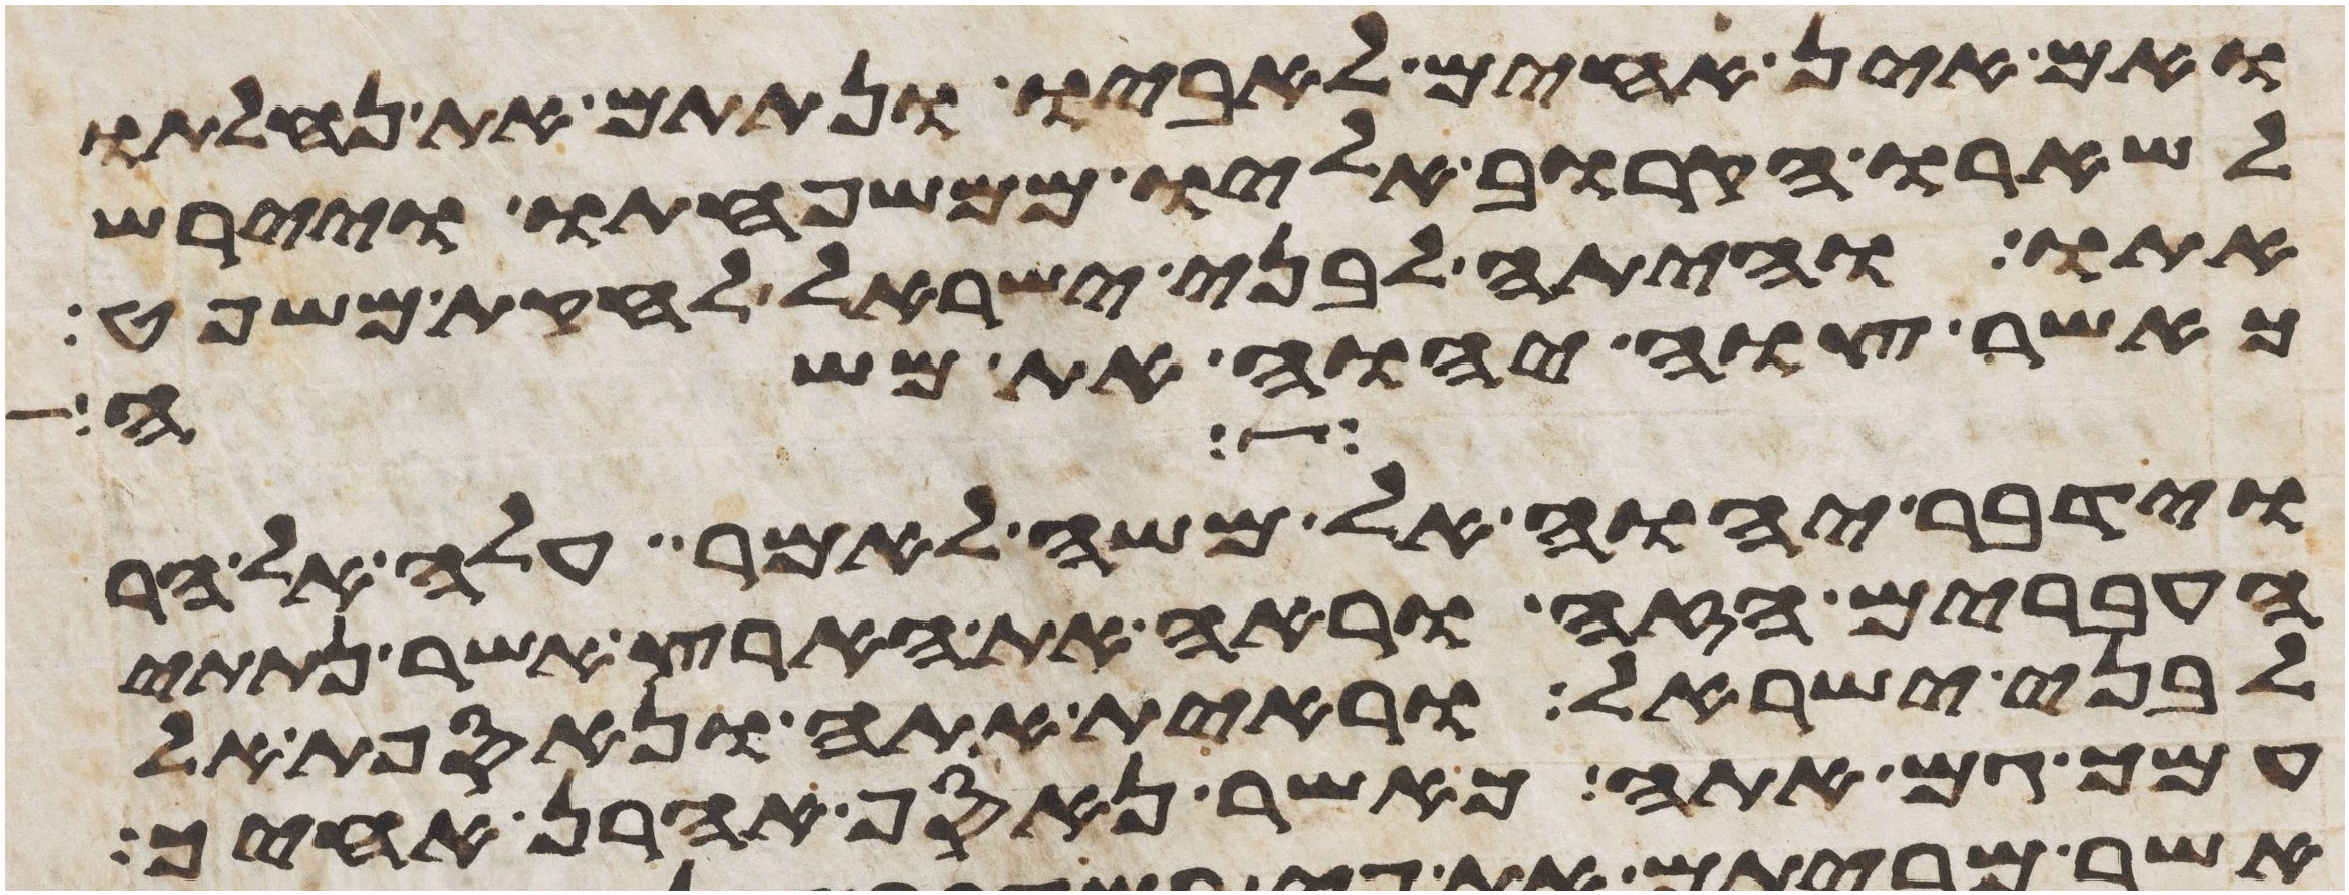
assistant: ואם אין אחים לאביו ונתתם את נחלתו
לשארו הקרוב אליו ממשפחתו ויירש
אתו והיתה לבני ישראל לחקת משפט
כאשר צוה יהוה את משה
וידבר יהוה אל משה לאמר עלה אל הר
העברים הזה וראה את הארץ אשר נתתי
לבני ישראל וראית אתה ונאספת אל
עמך גם אתה כאשר נאסף אהרן אחיך